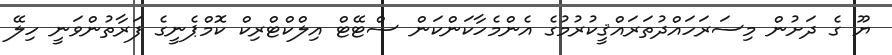
ޔޫ ގެ ދަށުން މިސަރަހައްދުތަރައްޤީކުރުމުގެ އެންމެހާކަންކަން ސްޓޭޓް އިލްކްޓްރިކް ކޮމްޕެނީގެ ފަރާތުންވަނީ ހިލޭ